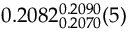
0 . 2 0 8 2 _ { 0 . 2 0 7 0 } ^ { 0 . 2 0 9 0 } ( 5 )